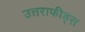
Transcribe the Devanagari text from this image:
उत्तराफीड्स